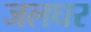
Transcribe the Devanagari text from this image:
जलघर